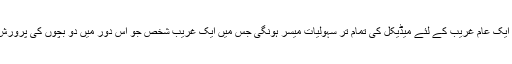
یہ تحصیل ڈسکہ میں پہلی اور واحد ڈسپنسری ہوگی جس میں ایک عام غریب کے لئے میڈیکل کی تمام تر سہولیات میسر ہونگی جس میں ایک غریب شخص جو اس دور میں دو بچوں کی پرورش نہیں کرسکتا کم ازکم اس ادارے سے مایوس نہیں لوٹے گا ۔